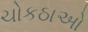
ચોકઠાઓ